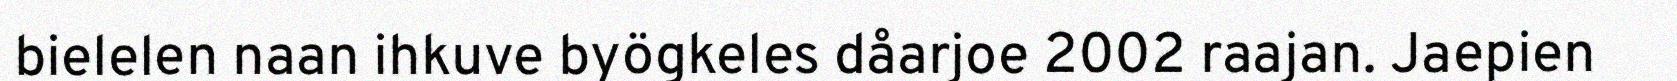
bielelen naan ihkuve byögkeles dåarjoe 2002 raajan. Jaepien